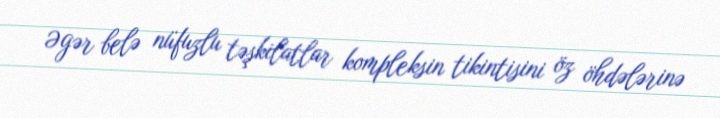
Əgər belə nüfuzlu təşkilatlar kompleksin tikintisini öz öhdələrinə